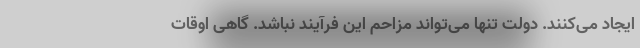
ایجاد می‌کنند. دولت تنها می‌تواند مزاحم این فرآیند نباشد. گاهی اوقات